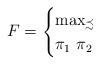
LaTeX: \begin{align*} F = \begin{cases} \max_{\precsim} & \\ \pi_1 \, \, \pi_2 & \end{cases}\end{align*}